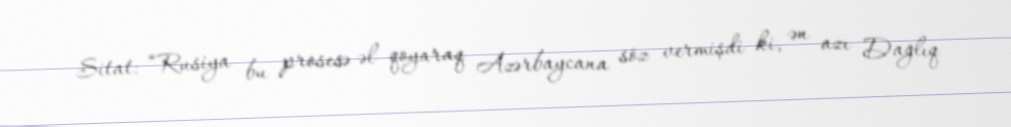
Sitat: “Rusiya bu prosesə əl qoyaraq Azərbaycana söz vermişdi ki, ən azı Dağlıq